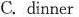
C. dinner